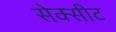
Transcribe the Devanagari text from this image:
सेक्सीट